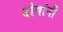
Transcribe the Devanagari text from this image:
दोषांनी